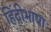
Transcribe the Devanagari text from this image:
हिंदीभाषा